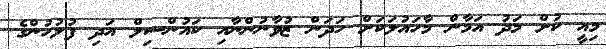
މިއީ ކުށް މަދު އަމާން މާހައުލަކަށް ހަދަން ޒުވާނުންނާއި ކައުންސިލް އަދި ފުލުހުންގެ